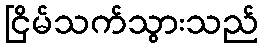
ငြိမ်သက်သွားသည်